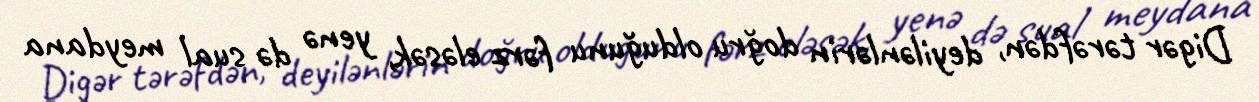
Digər tərəfdən, deyilənlərin doğru olduğunu fərz eləsək, yenə də sual meydana